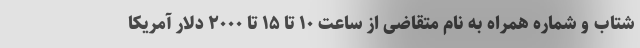
شتاب و شماره همراه به نام متقاضی از ساعت ۱۰ تا ۱۵ تا ۲۰۰۰ دلار آمریکا